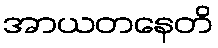
အာယတနေတိ